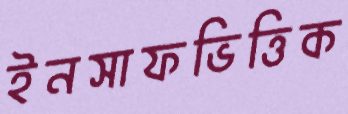
ইনসাফভিত্তিক